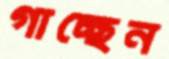
গাচ্ছেন